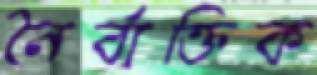
নৈর্ব্যক্তিক